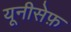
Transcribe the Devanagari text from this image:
यूनीसेफ़